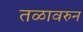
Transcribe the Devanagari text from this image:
तळावरुन